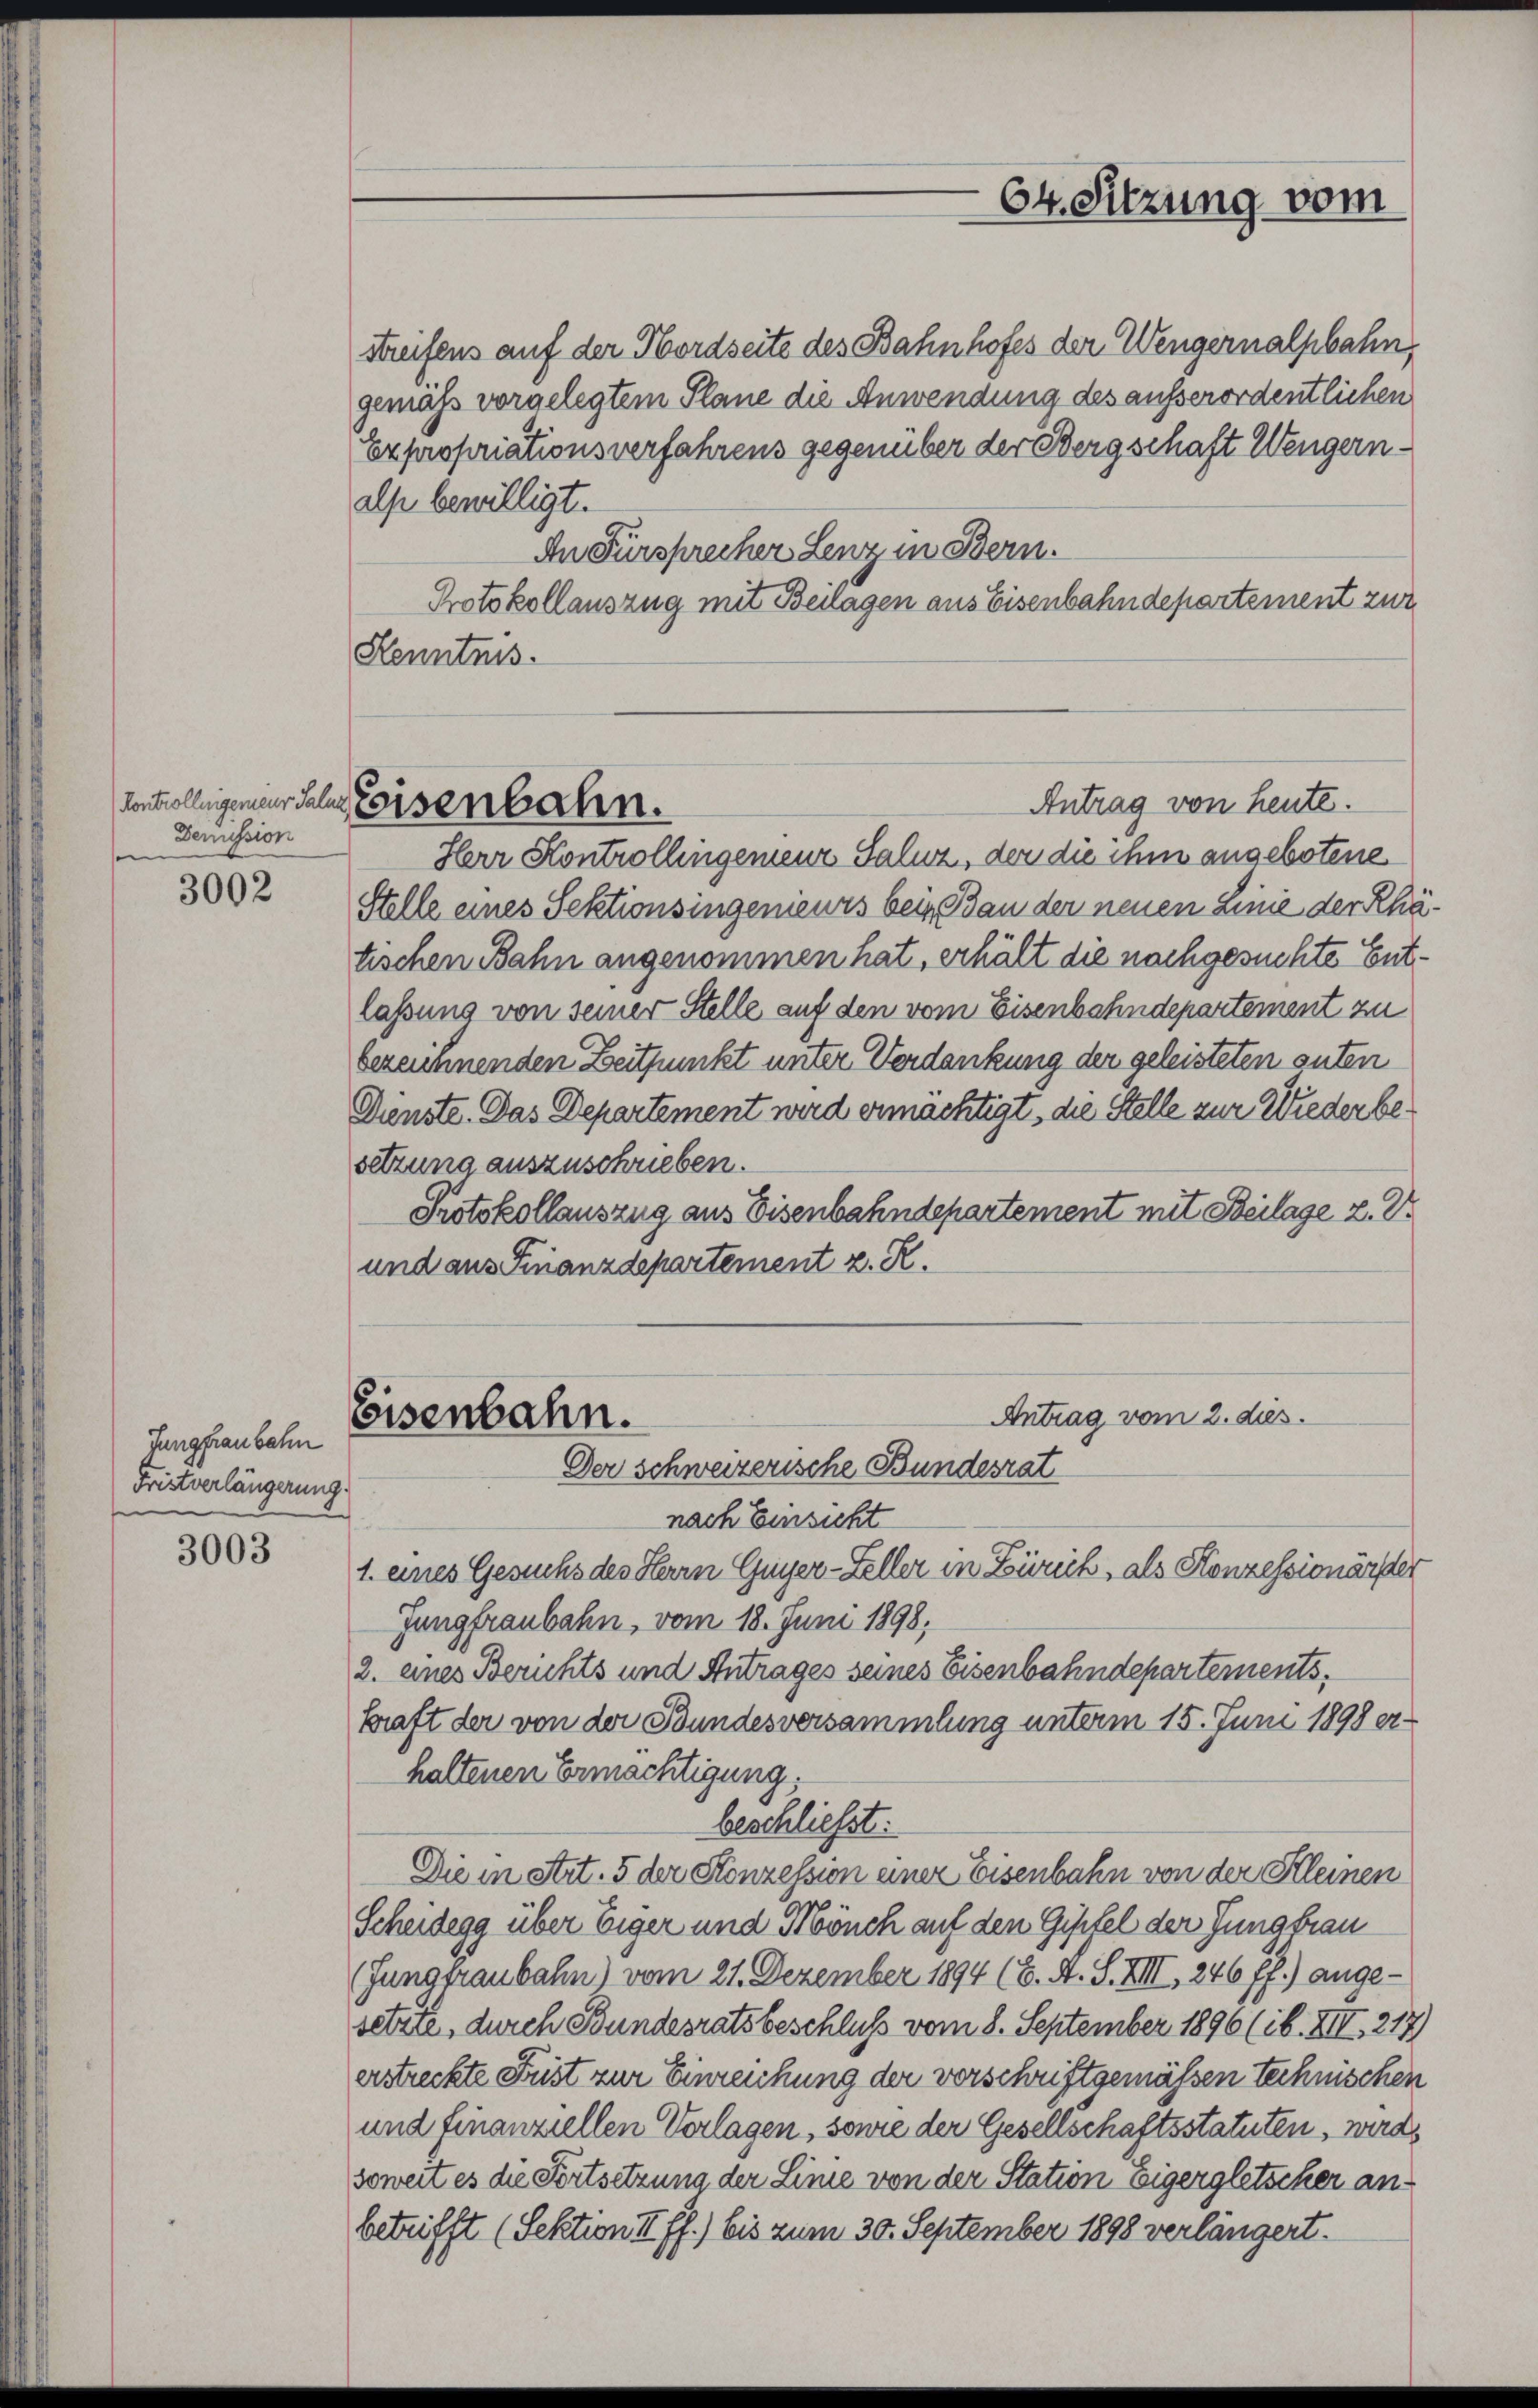
Denission
e

3002

Jungfrau bahn
Fristverlängerung.

3003

Streifens auf der Nordseite des Bahnhofes der Wengernalpbahn,
gemäss vorgelegtem Plane die Anwendung des ausserordentlichen
Expropriationsverfahrens gegenüber der Bergschaft Wengernalse bewilligt.
An Fürsprecher Lenz in Bern.
Protokollauszug mit Beilagen aus Eisenbahndepartement zur
Kenntnis.

kontrollegener Jahre Eisenbahn.

Antrag vom 2. dies
Eisenbahn.
Der schweizerische Bundesrat

Herr Kontrollingemenz Saluz, der die ihm angebotene
Stelle eines Sektionsingenieurs beim Bau der neuen Linie der Rhätischen Bahn angenommen hat, erhält die nachgesuchte Entlassung von seiner Stelle auf den vom Eisenbahndepartement zu
bezeichnenden Zeitpunkt unter Verdankung der geleisteten guten
Dienste. Das Departement wird ermächtigt, die Stelle zur Wieder besetzung auszuschrieben.
Protokollauszug aus Eisenbahndepartement mit Beilage z. Dr
und aus Finanzdepartement z. R.

64. Sitzung vom

Antrag von heute.

nach Einsicht
1. eines Gesuchs des Herrn Guyer-Feller in Zürich, als Konzessionärster
Jungfraubahn, vom 18. Juni 1898,
2. eines Berichts und Antrages seines Eisenbahndepartements,
kraft der von der Bundesversammlung unterm 15. Juni 1898 er-
haltenen Ermächtigung.
beschließt:
Die in Art. 5 der Konzession einer Eisenbahn von der Kleinen
Scheidegg über Eiger und Mönch auf den Gipfel der Jungfrau
(Jungsraubahn) vom 21. Dezember 1894 (6. A. S. XIII, 246 ff.) angesetzte, durch Bundesratsbeschluß vom 8. September 1896 (ib. XII. 217
erstreckte Frist zur Einreichung der verschriftgemäßen technischen
und finanziellen Verlagen, sowie der Gesellschaftsstatuten, werd
soweit es die Fortsetzung der Linie von der Station Eigergletscher an
betrifft (Sektion II ff.) bis zum 30. September 1898 verlängert.